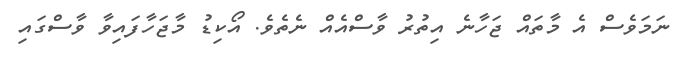
ނަމަވެސް އެ މާތައް ޖަހާނެ އިތުރު ވާސްއެއް ނެތެވެ. އޯކިޑު މާޖަހާފައިވާ ވާސްގައި